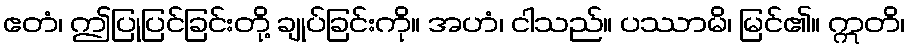
ဧတံ၊ ဤပြုပြင်ခြင်းတို့ ချုပ်ခြင်းကို။ အဟံ၊ ငါသည်။ ပဿာမိ၊ မြင်၏။ ဣတိ၊